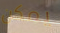
يمكن